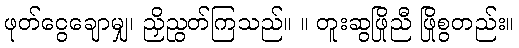
ဖုတ်ငွေချောမျှ၊ ညှိညွတ်ကြသည်။ ။ တူးဆွဖြိုညီ ဖြိုစွတည်း။